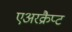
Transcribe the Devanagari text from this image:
एअरक्रैप्ट